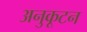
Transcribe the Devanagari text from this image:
अनुकूटन